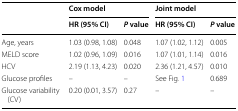
<table><thead><tr><td rowspan="2"></td><td colspan="2"><b>Cox model</b></td><td colspan="2"><b>Joint model</b></td></tr><tr><td><b>HR (95% CI)</b></td><td><b><i>P</i> value</b></td><td><b>HR (95% CI)</b></td><td><b><i>P</i> value</b></td></tr></thead><tbody><tr><td>Age, years</td><td>1.03 (0.98, 1.08)</td><td>0.048</td><td>1.07 (1.02, 1.12)</td><td>0.005</td></tr><tr><td>MELD score</td><td>1.02 (0.96, 1.09)</td><td>0.016</td><td>1.07 (1.01, 1.14)</td><td>0.016</td></tr><tr><td>HCV</td><td>2.19 (1.13, 4.23)</td><td>0.020</td><td>2.36 (1.21, 4.57)</td><td>0.010</td></tr><tr><td>Glucose profiles</td><td>–</td><td>–</td><td>See Fig. 1</td><td>0.689</td></tr><tr><td>Glucose variability (CV)</td><td>0.20 (0.01, 3.57)</td><td>0.27</td><td>–</td><td>–</td></tr></tbody></table>